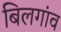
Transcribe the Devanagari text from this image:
बिलगांव